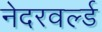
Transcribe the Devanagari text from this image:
नेदरवर्ल्ड